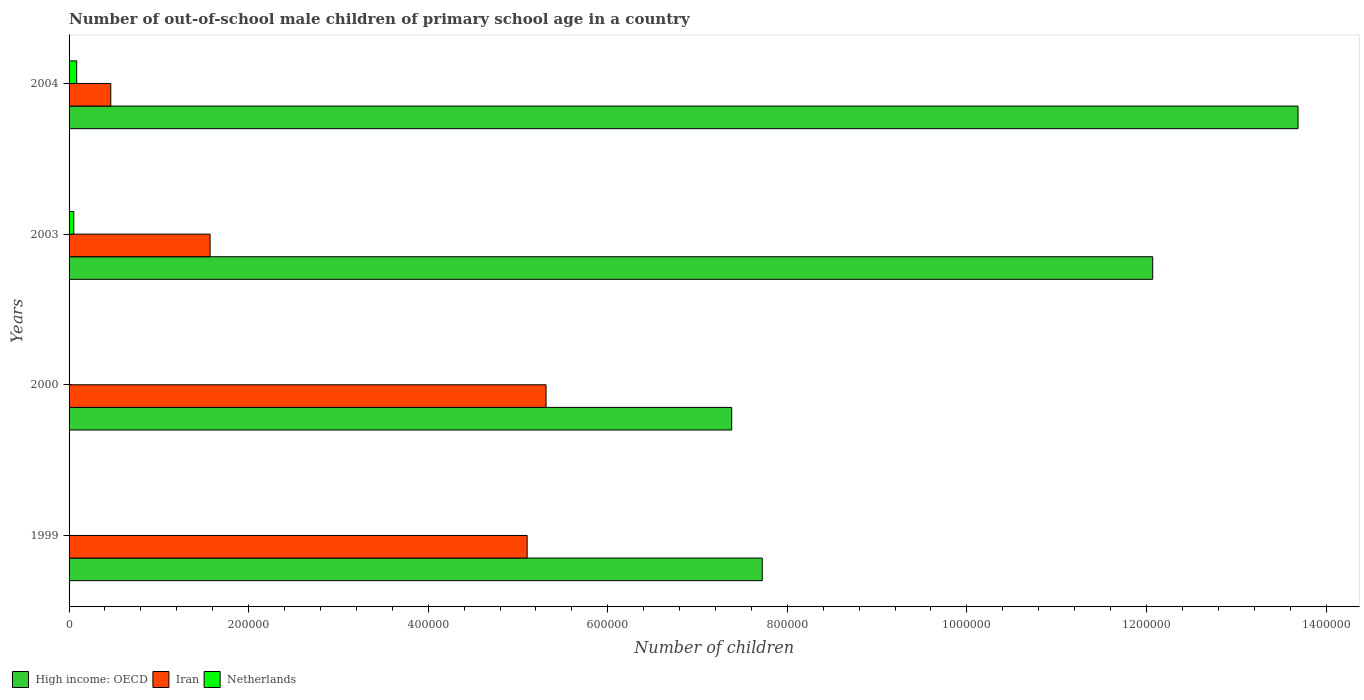
| Years | High income: OECD | Iran | Netherlands |
 | --- | --- | --- | --- |
 | 1999 | 7.72e+05 | 5.1e+05 | 85 |
 | 2000 | 7.38e+05 | 5.31e+05 | 67 |
 | 2003 | 1.21e+06 | 1.57e+05 | 5.25e+03 |
 | 2004 | 1.37e+06 | 4.65e+04 | 8.47e+03 |